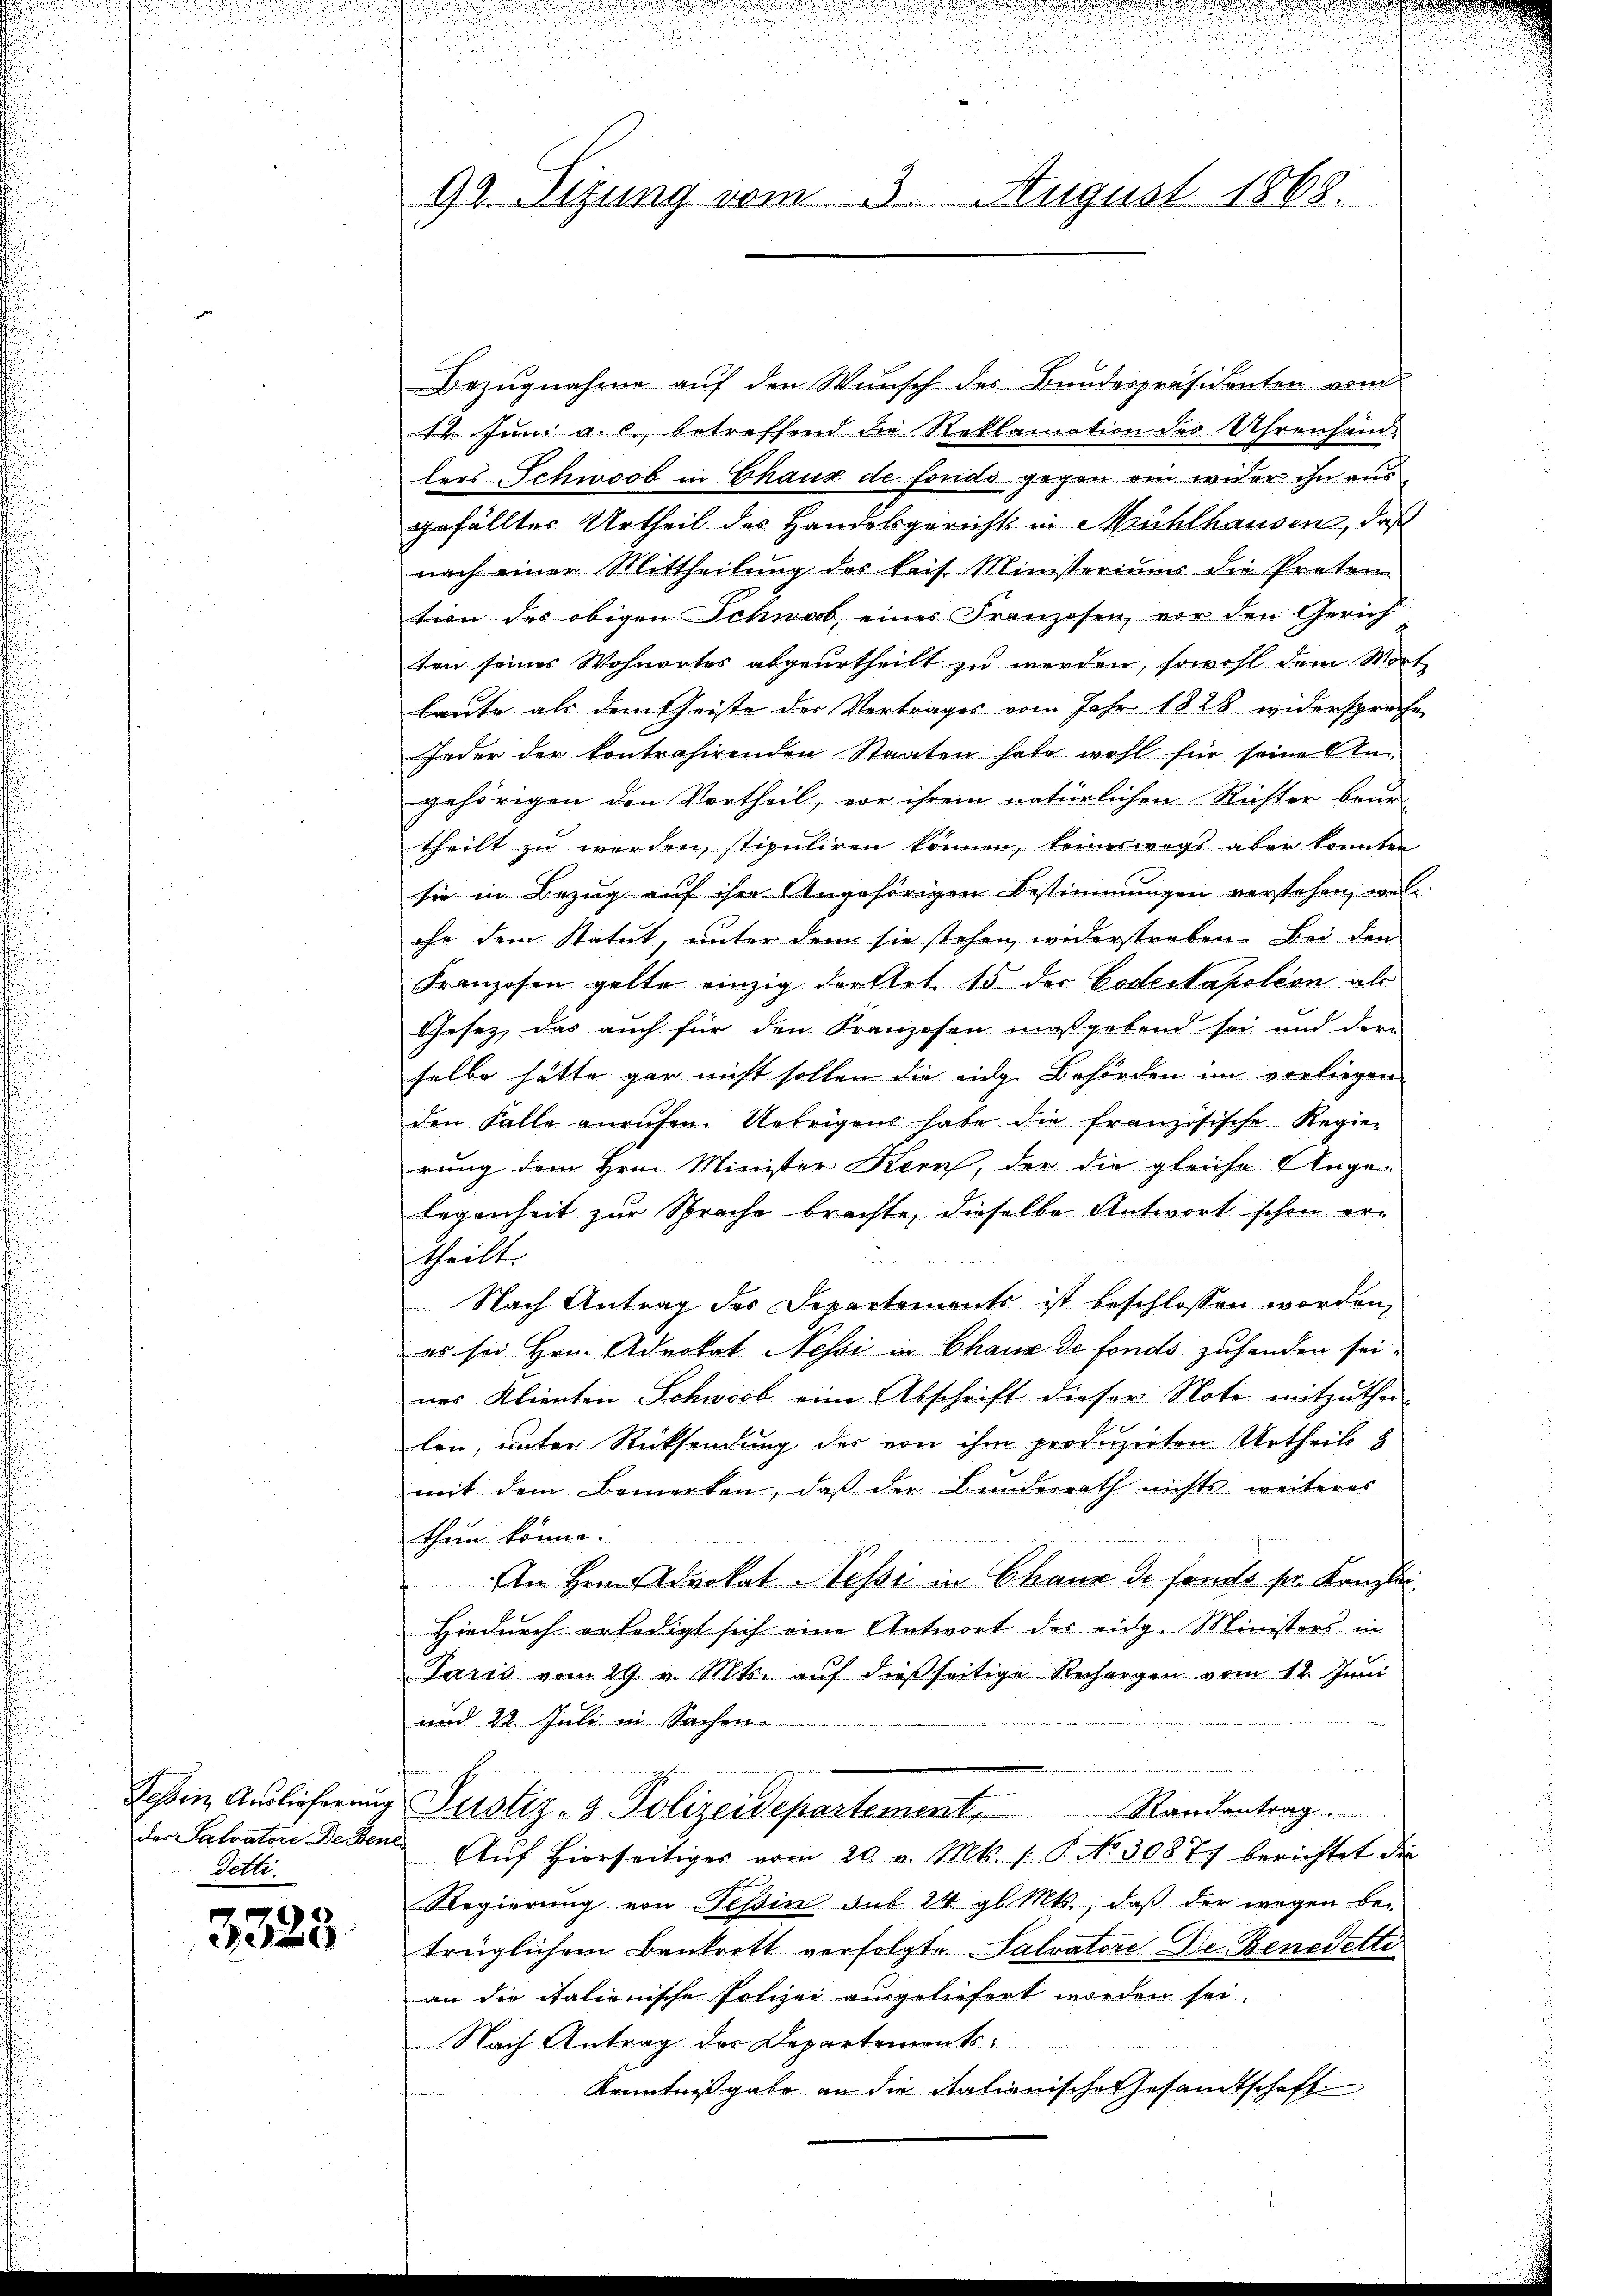
detti.

3328

92. Sizung vom 3. August 1868.

Bezugnahme auf der Wunsch des Bundespräsidenten vom
12. Juni a. c. betreffend die Reklamation des Uhrenhand-
lers Schwoob in Chaux de fondo gegen ein wider ihn aus
gefälltes Urtheil des Handelsgerichts in Mühlhausen, daß
nach einer Mittheilŭng des kais. Ministeriums die Preten
tion des obigen Schwab, eines Franzosen vor den Gerich
ten seines Wohnortes abgeurtheilt zu werden, sowohl dem Wort
laute als dem Geiste der Vertrages vom Jahr 1828 widerspreche
Jeder der kontrahirenden Staaten habe wohl für seine Angehörigen den Vortheil, vor ihrem natürlichen Richter beur-
theilt zu werden, stipuliren können, keineswegs aber konnten
sie in Bezug auf ihre Angehörigen Bestimmungen vorstehen, welihr dem Statut, unter dem sie stehen widerstreben. Bei den
Franzosen gelte einzig der Art. 15 der Codestapoléon als
Gesez, das auch für den Kranzosen maßgebend sei und der-
selbe hätte gar nicht sollen die eidg. Behörden im vorliegen-
den Falle anrufen. Uebrigens habe die französische Regier
rung dem Hrn. Minister Kern, der die gleiche Ange-
legenheit zur Sprache brachte, dieselbe Antwort schon ertheilt.
Nach Antrag des Departements ist beschlossen worden,
es sei Hrn. Advokat Nessi in Chaux de fonds zuhanden sei.
nes Klienten Schwerb eine Abschrift dieser Note mitzuthei-
len, unter Rücksendung des von ihm produzirten Urtheils 8
mit dem Bemerken, daß der Bunderrath nichts weiteres
thein könne.
An Hern Advokat Nessi in Chaux de fonds sr. Kanzlei
Hiedurch erledigt sich eine Antwort des eidg. Ministers in
Paris vom 29. v. Mts. auf dießseitige Rechargen vom 12. Juni
und 22. Juli in Sachen.
Tessin Auslieferung Justiz- & Polizeidepartement,
Randantrag .......
der Salvatore Deten Auf hierseitiges vom 20. v. Mts. s. P. No. 30877 berichtet die
Regierung von Tessin sub 24 gl. Mts., daß der wegen be-
trüglichem Bankrett verfolgte Salvatore Der Benedette
an die italienische Polizei ausgeliefert worden sei.
Nach Antrag des Departements¬
Kenntnißgabe an die italienische Gesandtschaft